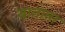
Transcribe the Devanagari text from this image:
बाताता